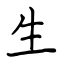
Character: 生